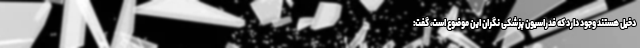
دخیل هستند وجود دارد که فدراسیون‌ پزشکی نگران این موضوع است، گفت: